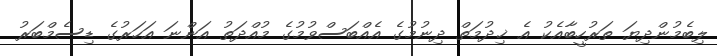
ލިބެމުންދިޔަ ތަރުހީބާއެކު އެ ޚިދުމަތް ދިނުމުގެ އެއްބަސްވުމުގެ މުއްދަތު އަންނަ އަހަރުގެ ޑިސެމްބަރު